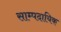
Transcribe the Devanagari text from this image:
साम्पदायिक